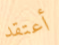
أعتقد